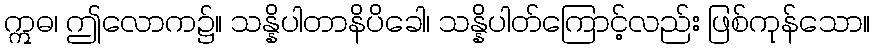
ဣဓ၊ ဤလောက၌။ သန္နိပါတာနိပိခေါ၊ သန္နိပါတ်ကြောင့်လည်း ဖြစ်ကုန်သော။